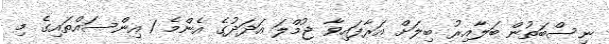
ނިސްބަތުން ބަލާއިރު ބިލަށް އަރާފައިވާ ޖުމްލަ އަދަދުގެ އެންމެ 1 އިންސައްތައިގެ މި